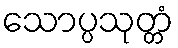
သောပ္ပသုတ္တံ